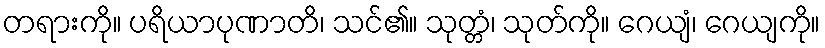
တရားကို။ ပရိယာပုဏာတိ၊ သင်၏။ သုတ္တံ၊ သုတ်ကို။ ဂေယျံ၊ ဂေယျကို။